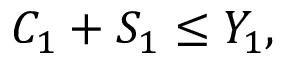
C _ { 1 } + S _ { 1 } \leq Y _ { 1 } ,